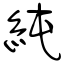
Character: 純